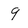
Character: 9